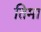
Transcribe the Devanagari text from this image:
तिमा